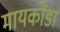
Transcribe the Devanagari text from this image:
मायकोंडा